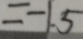
= - 1 . 5